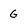
Character: G